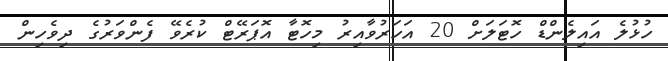
ހުޅުލެ އައިލެންޑް ހޮޓަލަށް 20 އަހަރުވާއިރު މިހޮޓާ އޮޕަރޭޓް ކުރެވޭ ފެންވަރުގެ ދިވެހިން